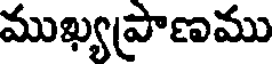
ముఖ్యప్రాణము